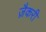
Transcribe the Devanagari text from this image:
ज़ैकरी